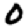
Digit: 0